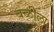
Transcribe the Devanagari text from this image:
बळीला